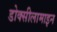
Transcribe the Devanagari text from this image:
डोक्सीलामाइन